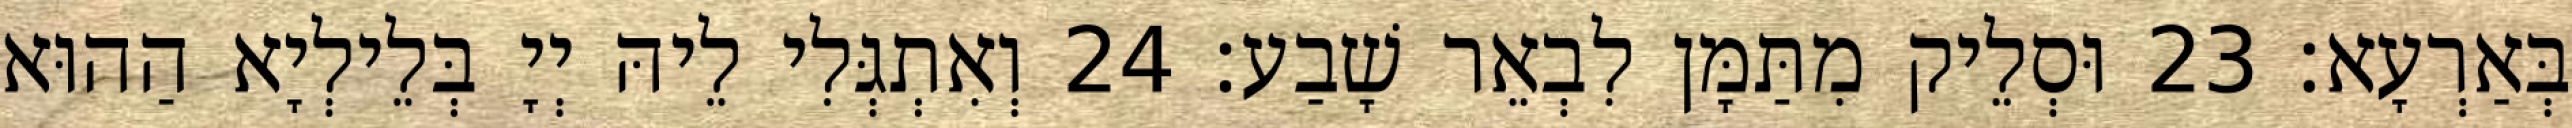
בְּאַרְעָא׃ 23 וּסְלֵיק מִתַּמָּן לִבְאֵר שָׁבַע׃ 24 וְאִתְגְּלִי לֵיהּ יְיָ בְּלֵילְיָא הַהוּא